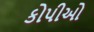
કોપીઓ